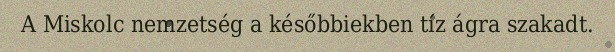
A Miskolc nemzetség a későbbiekben tíz ágra szakadt.